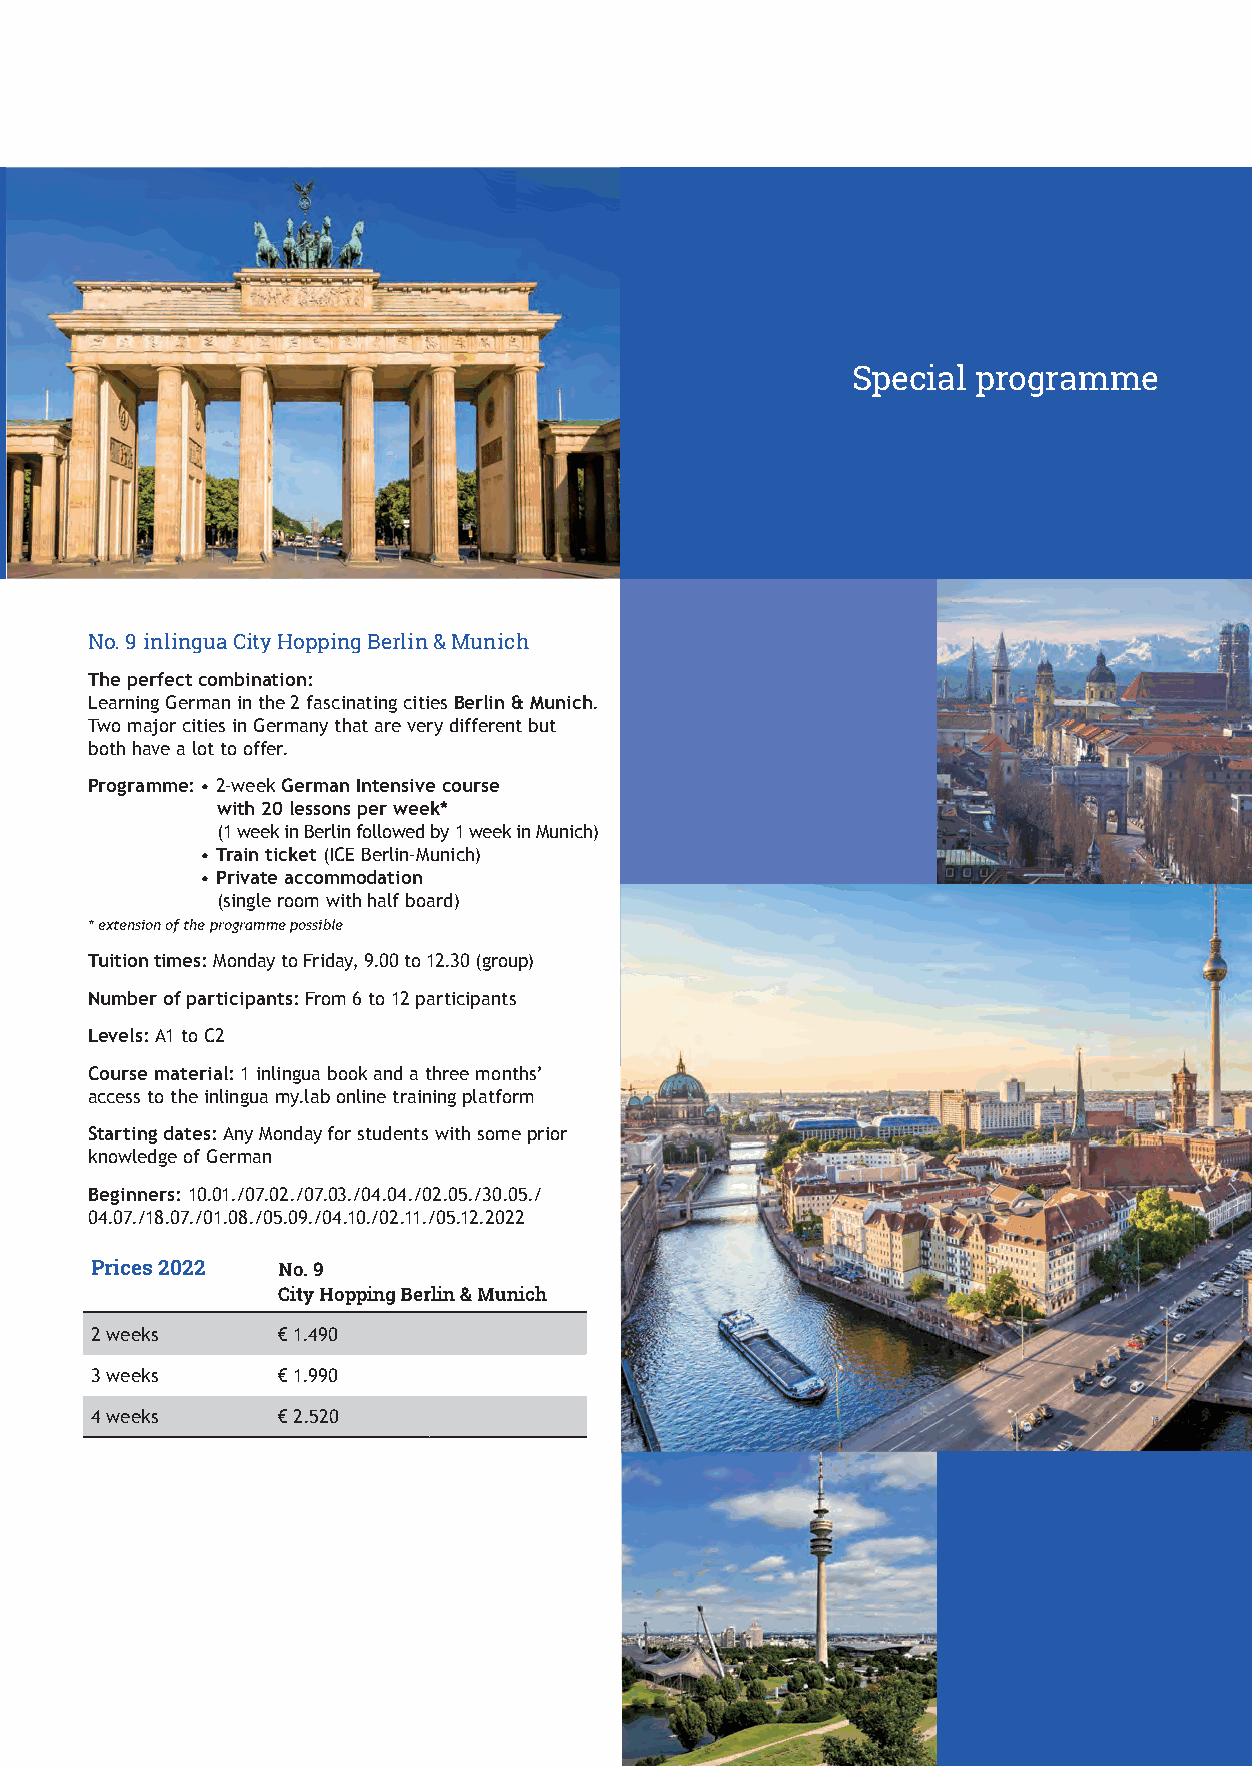
Special  programme
 No. 9 inlingua City Hopping Berlin & Munich
 The perfect combination:
 Learning German in the 2 fascinating cities Berlin & Munich.
 Two major cities in Germany that are very different but
 both have a lot to offer.
 Programme: • 2-week German Intensive course
 with 20 lessons per week*
 (1 week in Berlin followed by 1 week in Munich)
 • Train ticket (ICE Berlin-Munich)
 • Private accommodation
 (single room with half board)
 * extension of the programme possible
 Tuition times: Monday to Friday, 9.00 to 12.30 (group)
 Number of participants: From 6 to 12 participants
 Levels: A1 to C2
 Course material: 1 inlingua book and a three months’
 access to the inlingua my.lab online training platform
 Starting dates: Any Monday for students with some prior
 knowledge of German
 Beginners: 10.01./07.02./07.03./04.04./02.05./30.05./
 04.07./18.07./01.08./05.09./04.10./02.11./05.12.2022
 Prices 2022 No. 9
 City Hopping Berlin & Munich
 2 weeks     € 1.490
 3 weeks     € 1.990
 4 weeks     € 2.520
 7